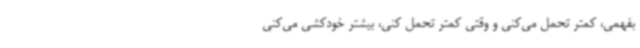
بفهمی، کمتر تحمل می‌کنی و وقتی کمتر تحمل کنی، بیشتر خودکشی می‌کنی